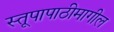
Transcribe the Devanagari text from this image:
स्तूपापाठीमागील